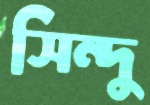
সিন্দু